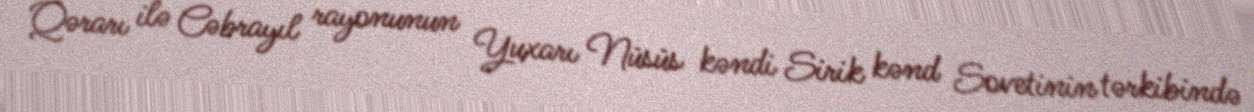
Qərarı ilə Cəbrayıl rayonunun Yuxarı Nüsüs kəndi Sirik kənd Sovetinin tərkibində